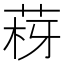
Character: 𦰳